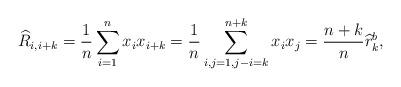
LaTeX: \begin{align*}\widehat{R}_{i,i+k} = \frac{1}{n}\sum_{i=1}^n x_i x_{i+k} = \frac{1}{n}\sum_{i,j=1,j-i=k}^{n+k}x_ix_j = \frac{n+k}{n}\widehat{r}^b_k, \end{align*}